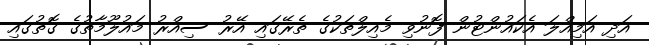
އަދި އަމިއްލަ އެކައުންޓުން ފޮނުވި މެއިލްތަކުގެ ތެރޭގައި އޭރު ސިއްރު މައުލޫމާތުގެ ގޮތުގައި